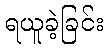
ရယူခဲ့ခြင်း